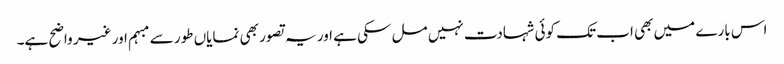
اس بارے میں بھی اب تک کوئی شہادت نہیں مل سکی ہے اور یہ تصور بھی نمایاں طور سے مبہم اور غیر واضح ہے۔